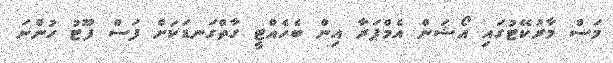
މަސް މާރުކޭޓުގައި އޯޝަން އެމްޕަރާ އިން ބެހެއްޓީ ގާތްގަނޑަކަށް ފަސް ފޫޓު ހުންނަ